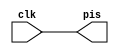
module piscaled (
	input clk,
	output pis);

	assign pis = clk;

endmodule

module testled(output v);
	reg clk;

	always #2 clk <= ~clk;

	wire pis;

	piscaled P(clk, pis);

	initial begin
		$dumpvars(0, P);
		#1;
		clk <= 0;
		#100;
		$finish;
	end
endmodule